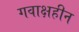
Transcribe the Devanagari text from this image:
गवाक्षहीन